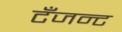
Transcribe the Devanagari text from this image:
टँजन्ट